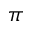
\pi